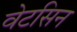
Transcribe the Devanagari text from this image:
वेटसिन